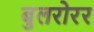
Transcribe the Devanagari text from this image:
बुलरोरर